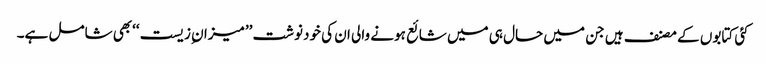
کئی کتابوں کے مصنف ہیں جن میں حال ہی میں شائع ہونے والی ان کی خودنوشت ’’میزان ِزیست‘‘بھی شامل ہے۔